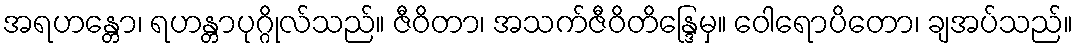
အရဟန္တော၊ ရဟန္တာပုဂ္ဂိုလ်သည်။ ဇီဝိတာ၊ အသက်ဇီဝိတိန္ဒြေမှ။ ဝေါရောပိတော၊ ချအပ်သည်။